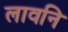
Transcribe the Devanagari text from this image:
लावनि